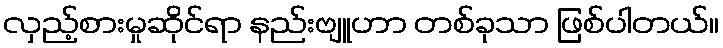
လှည့်စားမှုဆိုင်ရာ နည်းဗျူဟာ တစ်ခုသာ ဖြစ်ပါတယ်။